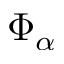
\Phi _ { \alpha }